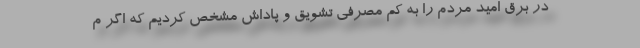
در برق امید مردم را به کم مصرفی تشویق و پاداش مشخص کردیم که اگر م